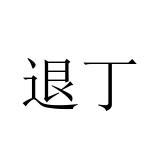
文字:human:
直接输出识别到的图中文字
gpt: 退丁